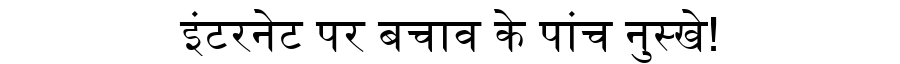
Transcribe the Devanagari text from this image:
इंटरनेट पर बचाव के पांच नुस्खे!